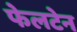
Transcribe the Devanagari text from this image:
फेलटेन